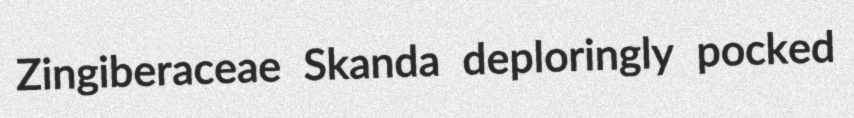
Zingiberaceae Skanda deploringly pocked